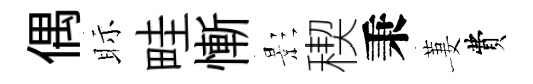
偶眎畦慚影稧秉萋費